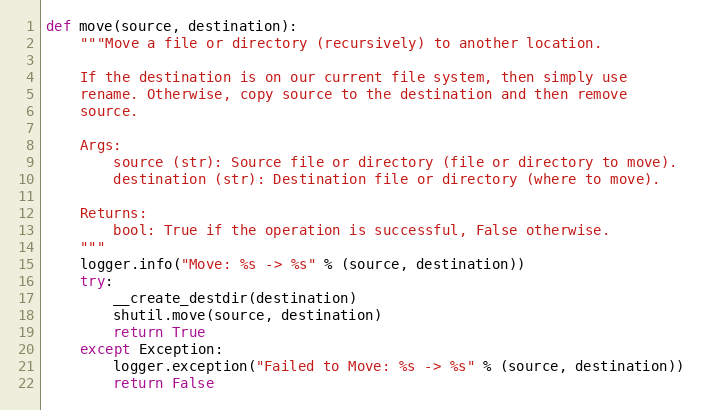
Language: Python
def move(source, destination):
    """Move a file or directory (recursively) to another location.

    If the destination is on our current file system, then simply use
    rename. Otherwise, copy source to the destination and then remove
    source.

    Args:
        source (str): Source file or directory (file or directory to move).
        destination (str): Destination file or directory (where to move).

    Returns:
        bool: True if the operation is successful, False otherwise.
    """
    logger.info("Move: %s -> %s" % (source, destination))
    try:
        __create_destdir(destination)
        shutil.move(source, destination)
        return True
    except Exception:
        logger.exception("Failed to Move: %s -> %s" % (source, destination))
        return False